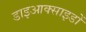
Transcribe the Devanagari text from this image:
डाइआक्साइडों